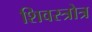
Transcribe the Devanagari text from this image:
शिवस्त्रोत्र